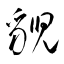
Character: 貎